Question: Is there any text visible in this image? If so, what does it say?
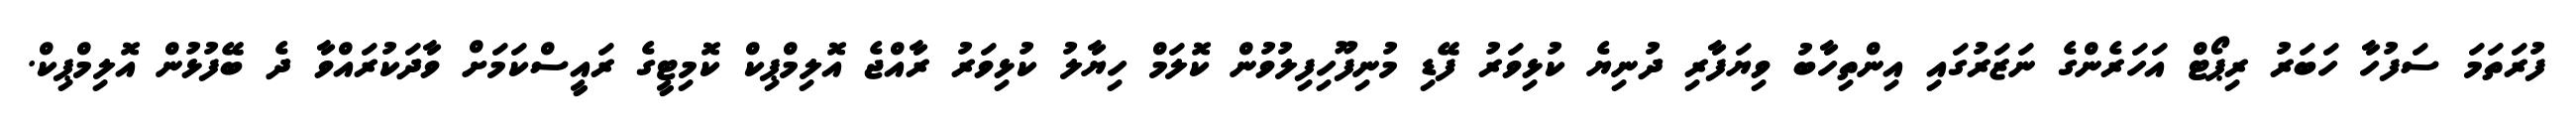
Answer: ފުރަތަމަ ސަފުހާ ހަބަރު ރިޕޯޓް އަހަރެންގެ ނަޒަރުގައި އިންތިހާބު ވިޔަފާރި ދުނިޔެ ކުޅިވަރު ފޭޑި މުނިފޫހިފިލުވުން ކޮލަމް ހިޔާލު ކުޅިވަރު ރާއްޖެ އޮލިމްޕިކް ކޮމިޓީގެ ރައީސްކަމަށް ވާދަކުރައްވާ ދެ ބޭފުޅުން އޮލިމްޕިކް.